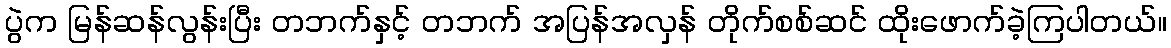
ပွဲက မြန်ဆန်လွန်းပြီး တဘက်နှင့် တဘက် အပြန်အလှန် တိုက်စစ်ဆင် ထိုးဖောက်ခဲ့ကြပါတယ်။